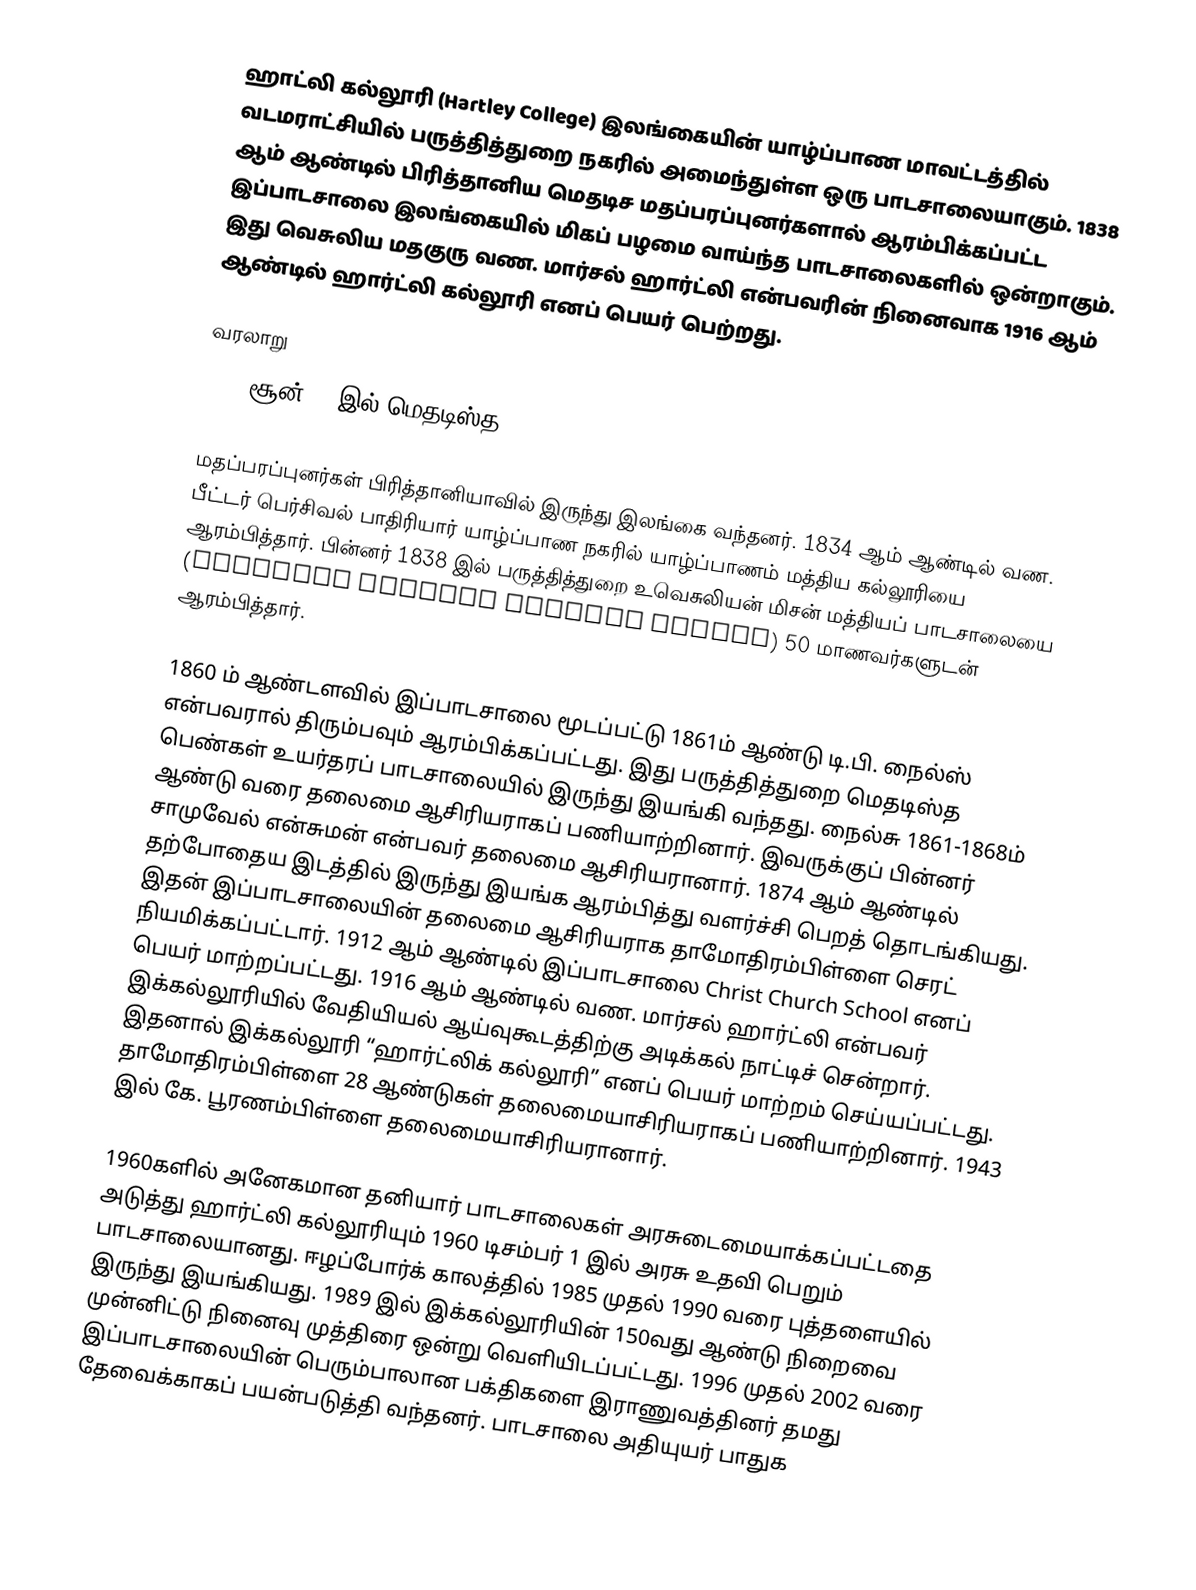
ஹாட்லி கல்லூரி (Hartley College) இலங்கையின் யாழ்ப்பாண மாவட்டத்தில் வடமராட்சியில் பருத்தித்துறை நகரில் அமைந்துள்ள ஒரு பாடசாலையாகும். 1838 ஆம் ஆண்டில் பிரித்தானிய மெதடிச மதப்பரப்புனர்களால் ஆரம்பிக்கப்பட்ட இப்பாடசாலை இலங்கையில் மிகப் பழமை வாய்ந்த பாடசாலைகளில் ஒன்றாகும். இது வெசுலிய மதகுரு வண. மார்சல் ஹார்ட்லி என்பவரின் நினைவாக 1916 ஆம் ஆண்டில் ஹார்ட்லி கல்லூரி எனப் பெயர் பெற்றது.

வரலாறு
1814 சூன் 29 இல் மெதடிஸ்த

மதப்பரப்புனர்கள் பிரித்தானியாவில் இருந்து இலங்கை வந்தனர். 1834 ஆம் ஆண்டில் வண. பீட்டர் பெர்சிவல் பாதிரியார் யாழ்ப்பாண நகரில் யாழ்ப்பாணம் மத்திய கல்லூரியை ஆரம்பித்தார். பின்னர் 1838 இல் பருத்தித்துறை உவெசுலியன் மிசன் மத்தியப் பாடசாலையை (Wesleyan Mission Central School) 50 மாணவர்களுடன் ஆரம்பித்தார்.

1860 ம் ஆண்டளவில் இப்பாடசாலை மூடப்பட்டு 1861ம் ஆண்டு டி.பி. நைல்ஸ் என்பவரால் திரும்பவும் ஆரம்பிக்கப்பட்டது. இது பருத்தித்துறை மெதடிஸ்த பெண்கள் உயர்தரப் பாடசாலையில் இருந்து இயங்கி வந்தது. நைல்சு 1861-1868ம் ஆண்டு வரை தலைமை ஆசிரியராகப் பணியாற்றினார். இவருக்குப் பின்னர் சாமுவேல் என்சுமன் என்பவர் தலைமை ஆசிரியரானார். 1874 ஆம் ஆண்டில் தற்போதைய இடத்தில் இருந்து இயங்க ஆரம்பித்து வளர்ச்சி பெறத் தொடங்கியது. இதன் இப்பாடசாலையின் தலைமை ஆசிரியராக தாமோதிரம்பிள்ளை செரட் நியமிக்கப்பட்டார். 1912 ஆம் ஆண்டில் இப்பாடசாலை Christ Church School எனப் பெயர் மாற்றப்பட்டது. 1916 ஆம் ஆண்டில் வண. மார்சல் ஹார்ட்லி என்பவர் இக்கல்லூரியில் வேதியியல் ஆய்வுகூடத்திற்கு அடிக்கல் நாட்டிச் சென்றார். இதனால் இக்கல்லூரி “ஹார்ட்லிக் கல்லூரி” எனப் பெயர் மாற்றம் செய்யப்பட்டது. தாமோதிரம்பிள்ளை 28 ஆண்டுகள் தலைமையாசிரியராகப் பணியாற்றினார். 1943 இல் கே. பூரணம்பிள்ளை தலைமையாசிரியரானார்.

1960களில் அனேகமான தனியார் பாடசாலைகள் அரசுடைமையாக்கப்பட்டதை அடுத்து ஹார்ட்லி கல்லூரியும் 1960 டிசம்பர் 1 இல் அரசு உதவி பெறும் பாடசாலையானது. ஈழப்போர்க் காலத்தில் 1985 முதல் 1990 வரை புத்தளையில் இருந்து இயங்கியது. 1989 இல் இக்கல்லூரியின் 150வது ஆண்டு நிறைவை முன்னிட்டு நினைவு முத்திரை ஒன்று வெளியிடப்பட்டது. 1996 முதல் 2002 வரை இப்பாடசாலையின் பெரும்பாலான பக்திகளை இராணுவத்தினர் தமது தேவைக்காகப் பயன்படுத்தி வந்தனர். பாடசாலை அதியுயர் பாதுக